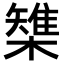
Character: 𣜫